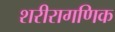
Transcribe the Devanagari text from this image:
शरीरागणिक